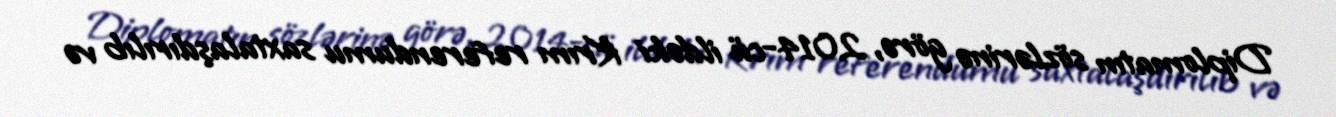
Diplomatın sözlərinə görə, 2014-cü ildəki Krım referendumu saxtalaşdırılıb və